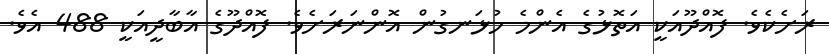
ރަށެކެވެ. ފޮއްދޫއަކީ އަތޮޅުގެ އެންމެ ހުޅަނގުން އޮންނަރަށެވެ. ފޮއްދޫގެ އާބާދީއަކީ 488 އެވެ.